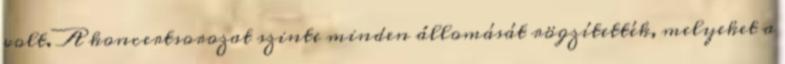
volt. A koncertsorozat szinte minden állomását rögzítették, melyeket a